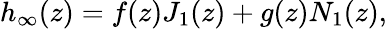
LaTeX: h_{\infty}(z)=f(z)J_{1}(z)+g(z)N_{1}(z),